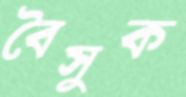
বৈসুক